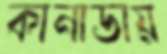
কানাডায়